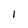
Character: 1